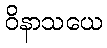
ဝိနာသယေ